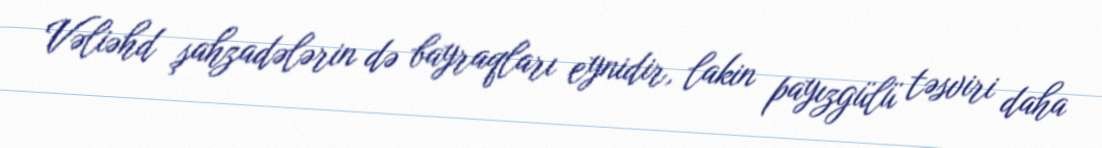
Vəliəhd şahzadələrin də bayraqları eynidir, lakin payızgülü təsviri daha